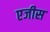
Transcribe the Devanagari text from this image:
एजीस